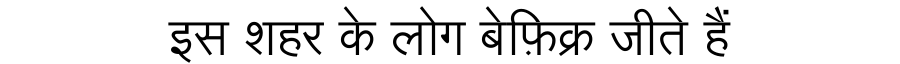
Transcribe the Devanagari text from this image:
इस शहर के लोग बेफ़िक्र जीते हैं